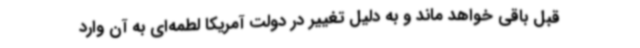
قبل باقی خواهد ماند و به دلیل تغییر در دولت آمریکا لطمه‌ای به آن وارد